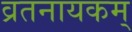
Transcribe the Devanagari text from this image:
व्रतनायकम्